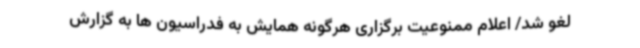
لغو شد/ اعلام ممنوعیت برگزاری هرگونه همایش به فدراسیون ها به گزارش